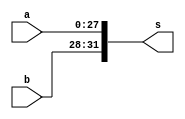
`timescale 1ns / 1ps

module JOIN(
	input [27:0] a,
	input [3:0] b,
	output [31:0] s);
    
  assign s[31:28]=b;
  assign s[27:0]=a;

endmodule